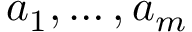
{ a } _ { 1 } , \ldots , { a } _ { m }